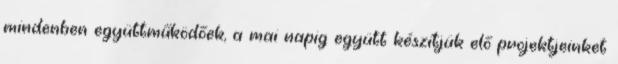
mindenben együttműködőek, a mai napig együtt készítjük elő projektjeinket